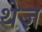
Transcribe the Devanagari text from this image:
थेज़